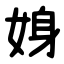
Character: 㛛